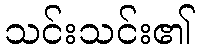
သင်းသင်း၏